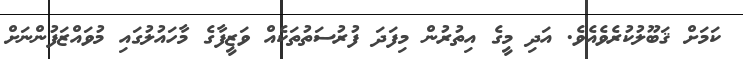
ކަމަށް ޤަބޫލުކުރެވެއެވެ. އަދި މީގެ އިތުރުން މިފަދަ ފުރުސަތުތަކެއް ވަޒީފާގެ މާހައުލުގައި މުވައްޒަފުންނަށް